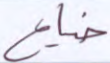
ضياع